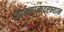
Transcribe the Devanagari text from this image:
व्याख्यानादरम्यान